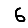
Digit: 6